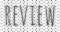
REVIEW